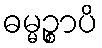
ဓမ္မဉ္စာပိ